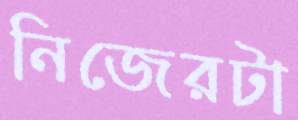
নিজেরটা